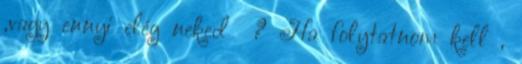
,vagy ennyi elég neked ? Ha folytatnom kell ,